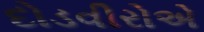
દોડવીરોએ